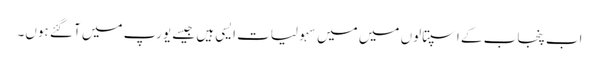
اب پنجاب کے اسپتالوں میں میں سہولیات ایسی ہیں جیسے یورپ میں آ گئے ہوں۔